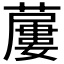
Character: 𧀓